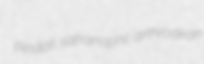
Pindall safranophil arthrodiran